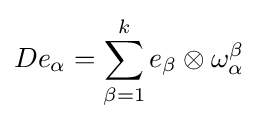
De_{\alpha }=\sum _{\beta =1}^{k}e_{\beta }\otimes \omega _{\alpha }^{\beta }